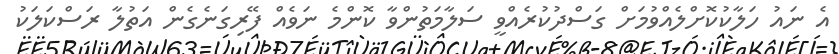
އެ ނައު ހަލާކުކޮށްލެއްވުމަށް ގަސްދުކުރެއްވީ ސަލާމަތުންވާ ކޮންމެ ނަވެއް ފޭރިގަނެގެން އަތުލާ ރަސްކަލަކު